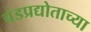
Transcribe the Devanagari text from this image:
चंडप्रद्योताच्या